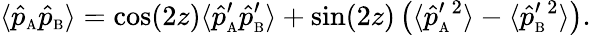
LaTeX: \langle\hat{p}_{\mathrm{\scriptscriptstyle A}}\hat{p}_{\mathrm{\scriptscriptstyle B}}\rangle=\cos(2z)\langle\hat{p}_{\mathrm{\scriptscriptstyle A}}^{\prime}\hat{p}_{\mathrm{\scriptscriptstyle B}}^{\prime}\rangle+\sin(2z)\left(\langle\hat{p}_{\mathrm{\scriptscriptstyle A}}^{\prime}{}^{2}\rangle-\langle\hat{p}_{\mathrm{\scriptscriptstyle B}}^{\prime}{}^{2}\rangle\right).